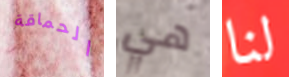
الحماقة هي لنا